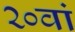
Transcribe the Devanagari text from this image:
२०वां